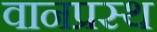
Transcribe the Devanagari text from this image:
वानप्रस्‍थ